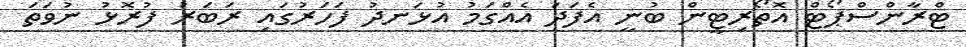
ޓްރާންސްޕޯޓް އޮތޯރިޓީން ބުނީ އެފަދަ އެއްގަމު އުޅަނދު ފަހަރުގައި ރަބަރު ފުރޮޅު ނުވަތަ